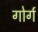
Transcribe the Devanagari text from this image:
गोर्ग